Leningradi_Edasi_toimetus, lk 16
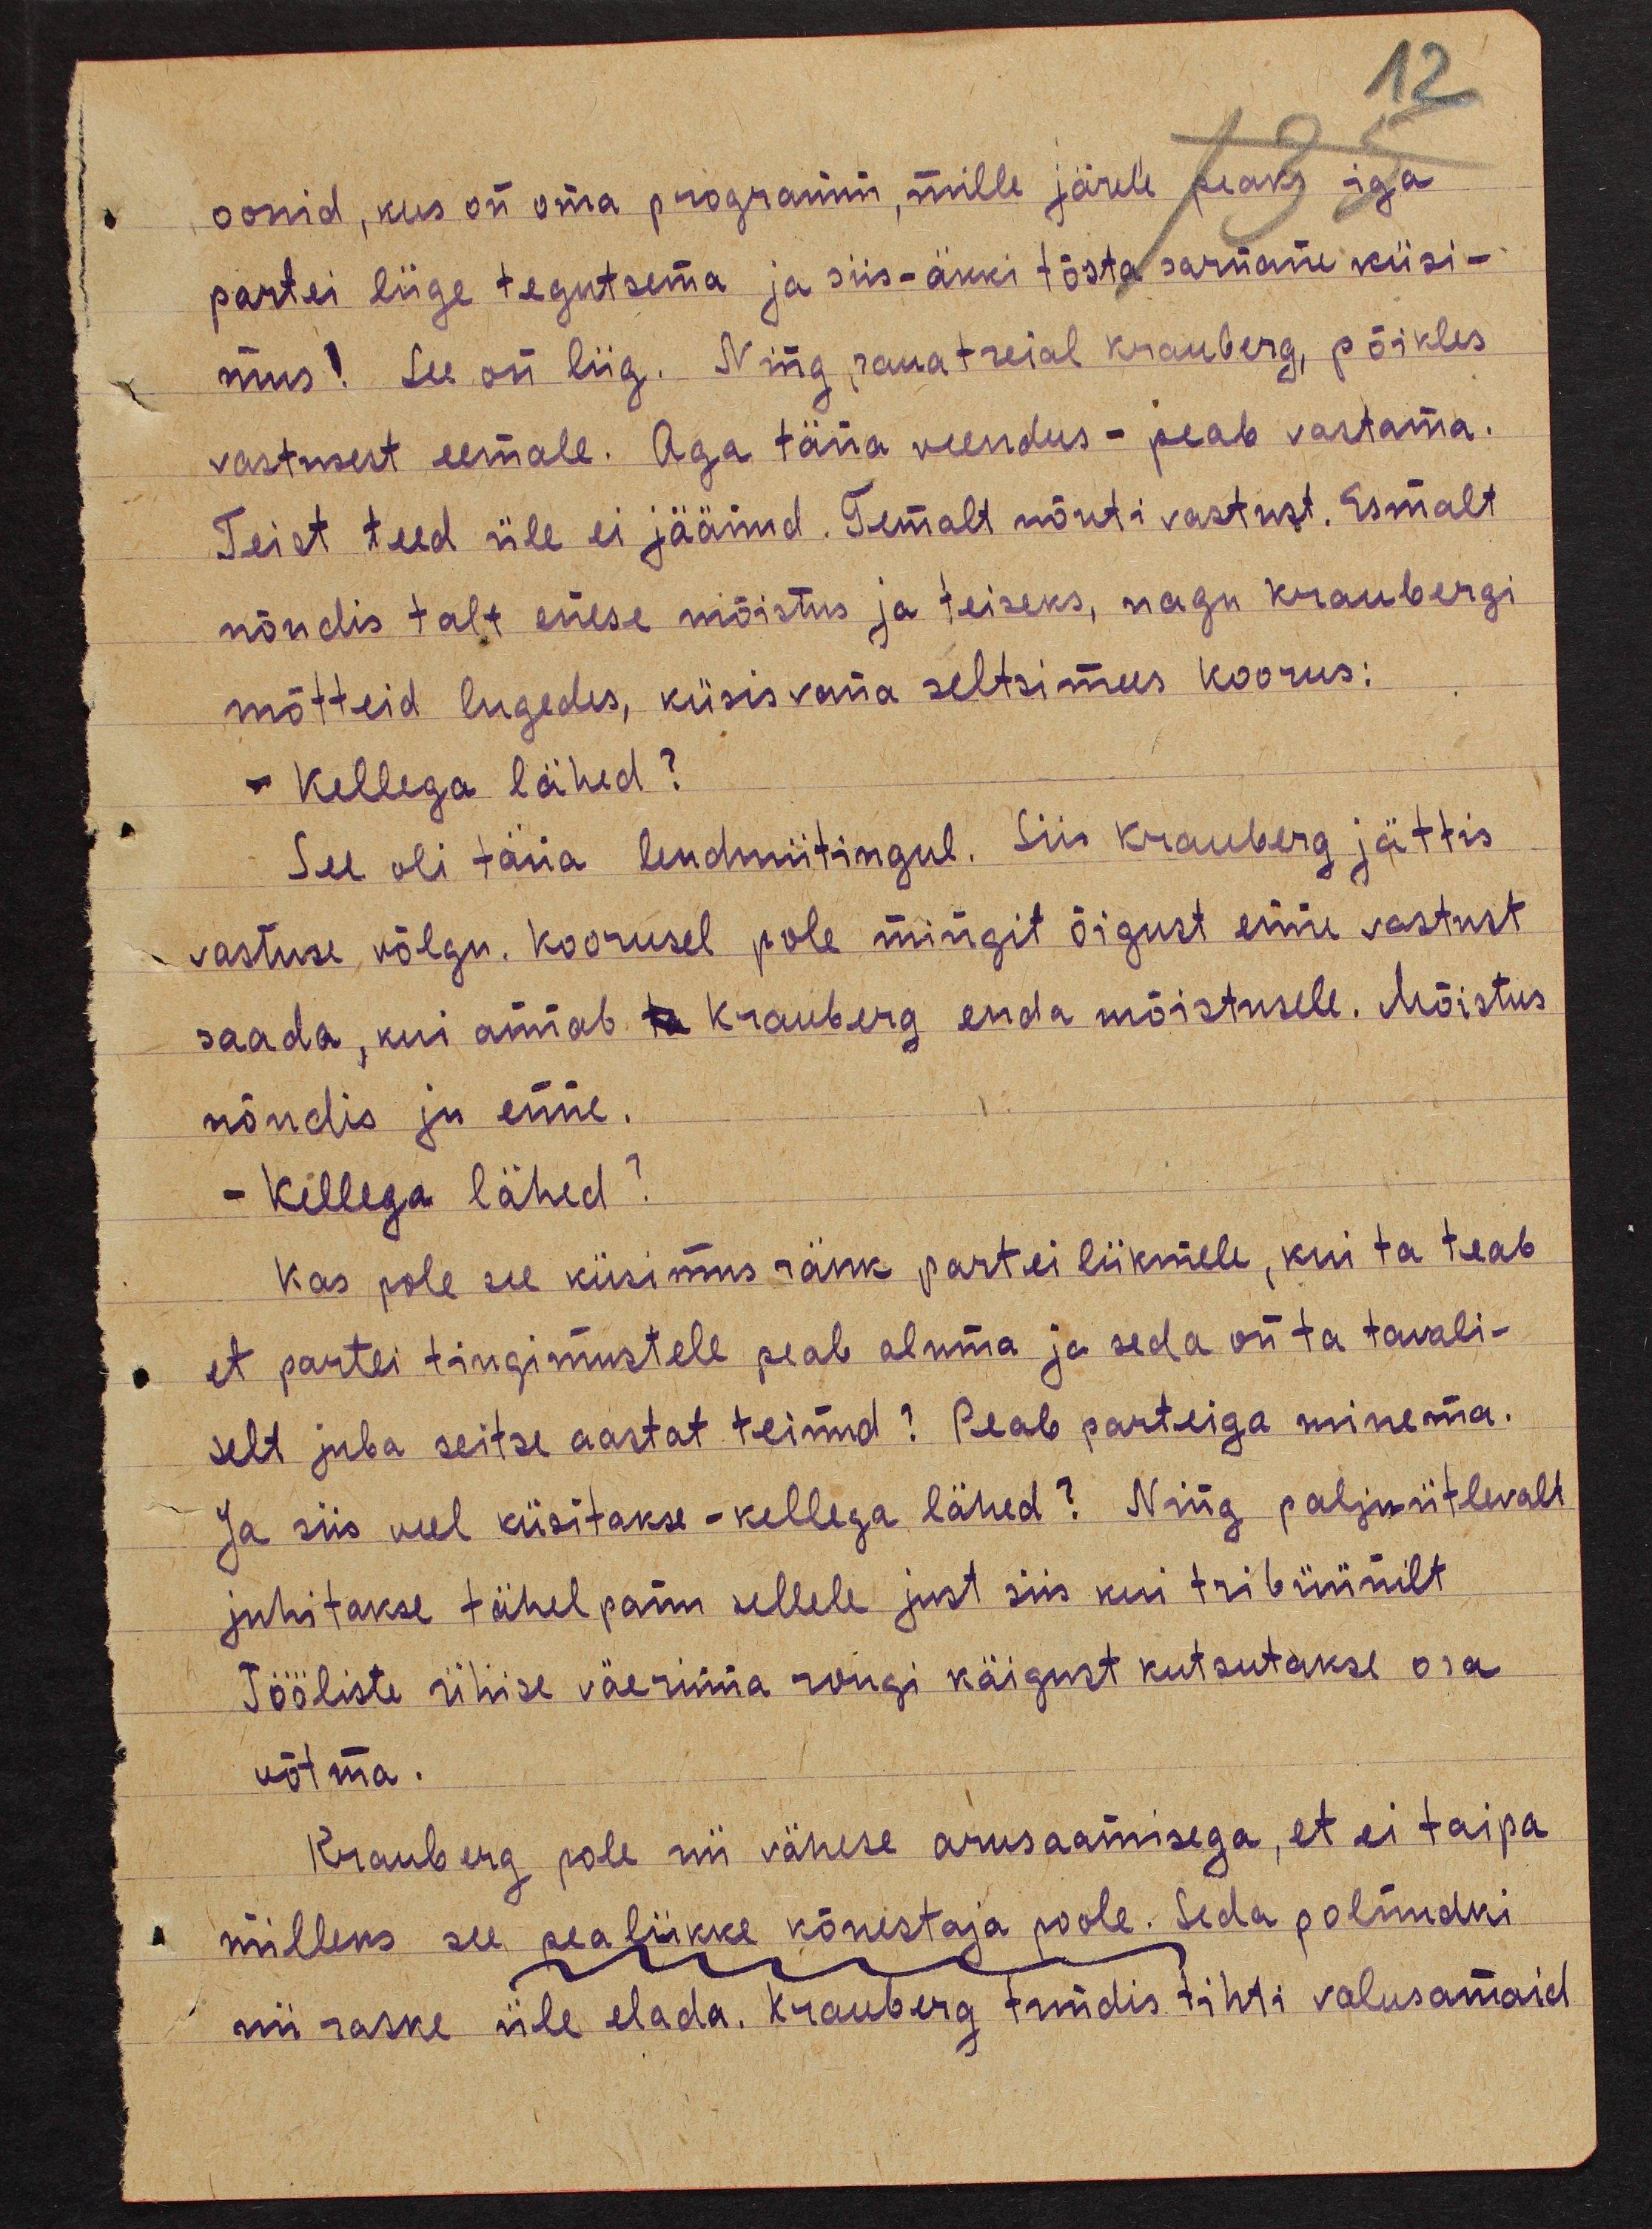
12

oonid, kus on oma programm, mille järele peaks iga
partei liige tegutsema ja siis - äkki tõsta sarnane küsi-
mus! See on liig. Ning, rauatreial Krauberg, põikles
vastusest eemale. Aga täna veendus - peab vastama.
Teist teed üle ei jäänud. Temalt nõuti vastust. Esmalt
nõudis talt enese mõistus ja teiseks, nagu Kraubergi
mõtteid lugedes, küsis vana seltsimees Koorus:
- Kellega lähed?
See oli täna lendmiitingul. Siis Krauberg jättis
vastuse võlgu. Koorusel pole mingit õigust enne vastust
saada, kui annab ta Krauberg enda mõistusele. Mõistus
nõudis ju enne.
- Kellega lähed?
Kas pole see küsimus ränk partei liikmele, kui ta teab
et partei tingimustele peab aluma ja seda on ta tavali-
selt juba seitse aastat teinud? Peab parteiga minema.
Ja siis weel küsitakse - kellega lähed? Ning palju ütlevalt
juhitakse tähelpanu sellele just siis kui tribüünilt
Tööliste ühise väerinna rongi käigust kutsutakse osa
võtma.
Krauberg pole nii vähese arusaamisega, et ei taipa
milleks see pealiikke kõnestaja poole. Seda polnudki
nii raske üle elada. Krauberg tundis tihti valusamaid